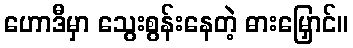
ဟောဒီမှာ သွေးစွန်းနေတဲ့ ဓားမြှောင်။